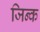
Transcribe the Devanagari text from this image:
जिन्क